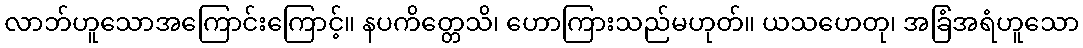
လာဘ်ဟူသောအကြောင်းကြောင့်။ နပကိတ္တေသိ၊ ဟောကြားသည်မဟုတ်။ ယသဟေတု၊ အခြံအရံဟူသော